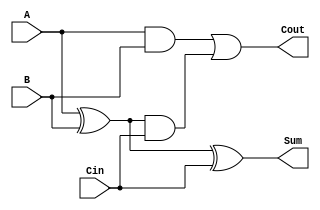
module tree_structured_full_adder (
    input wire A,    // Input A (1-bit)
    input wire B,    // Input B (1-bit)
    input wire Cin,  // Carry-in (1-bit)
    output wire Sum, // Sum output (1-bit)
    output wire Cout // Carry-out output (1-bit)
);

    // Intermediate signals
    wire S1;  // Intermediate sum from the first half adder
    wire C1;  // Intermediate carry from the first half adder
    wire C2;  // Intermediate carry from the second half adder

    // Half Adder 1: Adds A and B
    assign S1 = A ^ B;   // Sum output from Half Adder 1
    assign C1 = A & B;   // Carry output from Half Adder 1

    // Half Adder 2: Adds S1 and Cin
    assign Sum = S1 ^ Cin; // Final Sum output
    assign C2 = S1 & Cin;   // Carry output from Half Adder 2

    // Final Carry-out: Combine C1 and C2 using OR
    assign Cout = C1 | C2;

endmodule